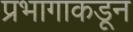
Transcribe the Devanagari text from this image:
प्रभागाकडून